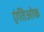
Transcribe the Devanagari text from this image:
एंतिओक